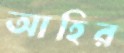
আহির